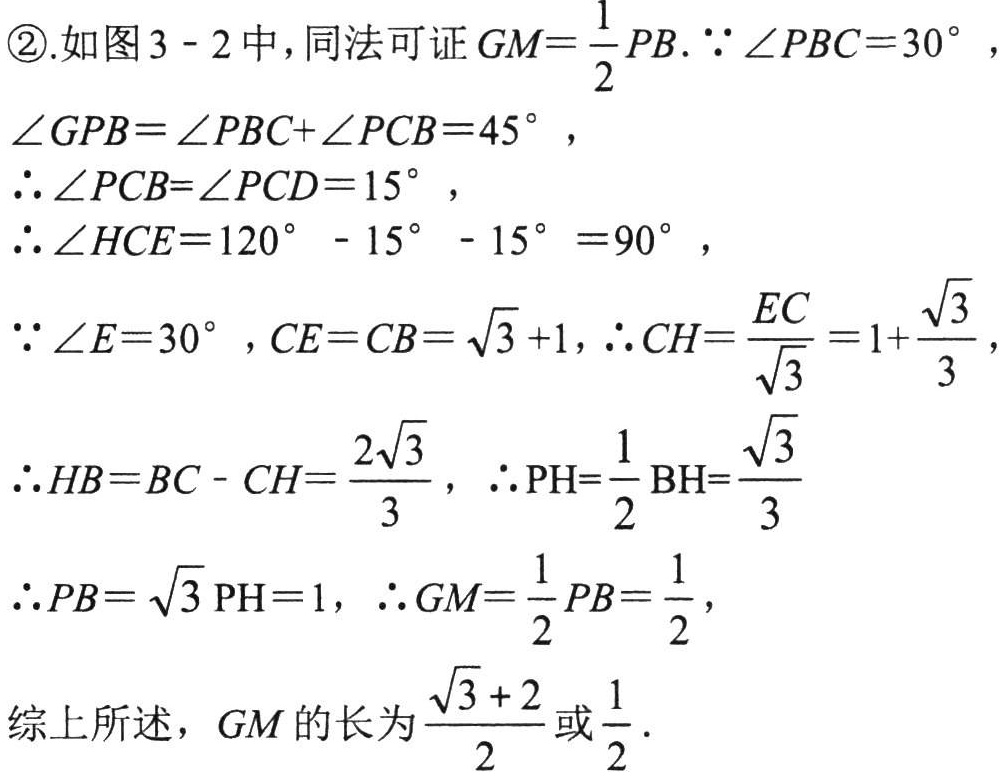
\textcircled{2}.如图3 - 2中，同法可证$GM=\frac{1}{2}PB$.$\because\angle PBC = 30^{\circ}$，
$\angle GPB=\angle PBC+\angle PCB = 45^{\circ}$，
$\therefore\angle PCB=\angle PCD = 15^{\circ}$，
$\therefore\angle HCE = 120^{\circ}-15^{\circ}-15^{\circ}=90^{\circ}$，
$\because\angle E = 30^{\circ}$，$CE = CB=\sqrt{3}+1$，$\therefore CH=\frac{EC}{\sqrt{3}}=1+\frac{\sqrt{3}}{3}$，
$\therefore HB = BC - CH=\frac{2\sqrt{3}}{3}$，$\therefore PH=\frac{1}{2}\text{BH}=\frac{\sqrt{3}}{3}$
$\therefore PB=\sqrt{3}\text{PH}=1$，$\therefore GM=\frac{1}{2}PB=\frac{1}{2}$，
综上所述，$GM$的长为$\frac{\sqrt{3}+2}{2}$或$\frac{1}{2}$.